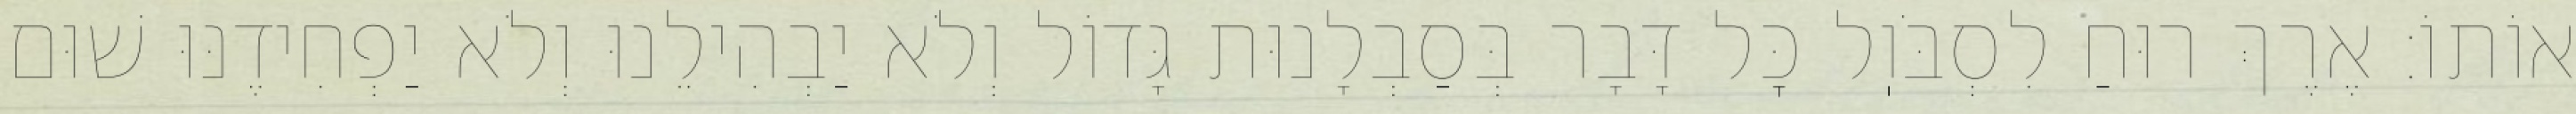
אוֹתוֹ: אֶרֶךְ רוּחַ לִסְבֹּוֽל כׇּל דָּבָר בְּסַבְלָנוּת גָּדוֹל וְלֹא יַבְהִילֵנוּ וְלֹא יַפְחִידֶנּוּ שׁוּם